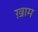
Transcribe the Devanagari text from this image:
ख़ाम